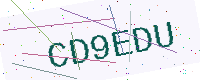
Text: CD9EDU